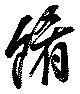
餚